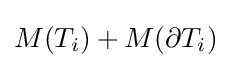
M(T_{i})+M(\partial T_{i})